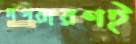
নগরায়ণই